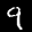
Label: 9